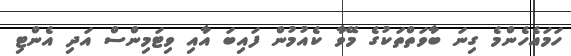
ހަމައެހެންމެ ގިނަ ބާވަތްތަކުގެ މޭވާ ކެއުމުން ފައިބަ އާއި ވިޓަމިންސް އަދި އެންޓި